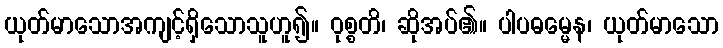
ယုတ်မာသောအကျင့်ရှိသောသူဟူ၍။ ဝုစ္စတိ၊ ဆိုအပ်၏။ ပါပဓမ္မေန၊ ယုတ်မာသော